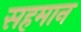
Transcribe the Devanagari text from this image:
सहमान